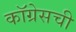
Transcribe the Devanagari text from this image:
कॉग्रेसची